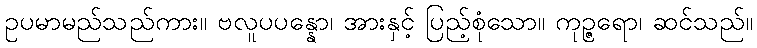
ဥပမာမည်သည်ကား။ ဗလူပပန္နော၊ အားနှင့် ပြည့်စုံသော။ ကုဉ္ဇရော၊ ဆင်သည်။